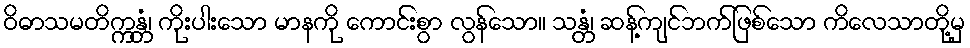
ဝိဓာသမတိက္ကန္တံ၊ ကိုးပါးသော မာနကို ကောင်းစွာ လွန်သော။ သန္တံ၊ ဆန့်ကျင်ဘက်ဖြစ်သော ကိလေသာတို့မှ